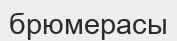
брюмерасы